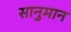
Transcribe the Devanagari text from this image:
सानुमान